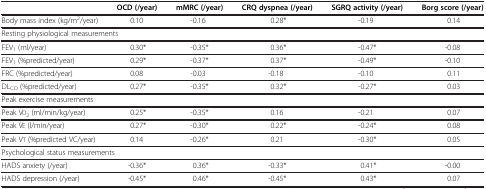
<table><thead><tr><td>[EMPTY_CELL]</td><td><b>OCD (/year)</b></td><td><b>mMRC (/year)</b></td><td><b>CRQ dyspnea (/year)</b></td><td><b>SGRQ activity (/year)</b></td><td><b>Borg score (/year)</b></td></tr></thead><tbody><tr><td>Body mass index (kg/m<sup>2</sup>/year)</td><td>0.10</td><td>-0.16</td><td>0.28*</td><td>-0.19</td><td>0.14</td></tr><tr><td colspan="6">Resting physiological measurements</td></tr><tr><td>FEV<sub>1</sub> (ml/year)</td><td>0.30*</td><td>-0.35*</td><td>0.36*</td><td>-0.47*</td><td>-0.08</td></tr><tr><td>FEV<sub>1</sub> (%predicted/year)</td><td>0.29*</td><td>-0.37*</td><td>0.37*</td><td>-0.49*</td><td>-0.10</td></tr><tr><td>FRC (%predicted/year)</td><td>0.08</td><td>-0.03</td><td>-0.18</td><td>-0.10</td><td>0.11</td></tr><tr><td>DL<sub>CO</sub> (%predicted/year)</td><td>0.27*</td><td>-0.35*</td><td>0.32*</td><td>-0.27*</td><td>0.03</td></tr><tr><td colspan="6">Peak exercise measurements</td></tr><tr><td>Peak V<sub>2</sub> (ml/min/kg/year)</td><td>0.25*</td><td>-0.35*</td><td>0.16</td><td>-0.21</td><td>0.07</td></tr><tr><td>Peak V (l/min/year)</td><td>0.27*</td><td>-0.30*</td><td>0.22*</td><td>-0.24*</td><td>0.08</td></tr><tr><td>Peak V (%predicted VC/year)</td><td>0.14</td><td>-0.26*</td><td>0.21</td><td>-0.30*</td><td>0.05</td></tr><tr><td colspan="6">Psychological status measurements</td></tr><tr><td>HADS anxiety (/year)</td><td>-0.36*</td><td>0.36*</td><td>-0.33*</td><td>0.41*</td><td>-0.00</td></tr><tr><td>HADS depression (/year)</td><td>-0.45*</td><td>0.46*</td><td>-0.45*</td><td>0.43*</td><td>0.07</td></tr></tbody></table>